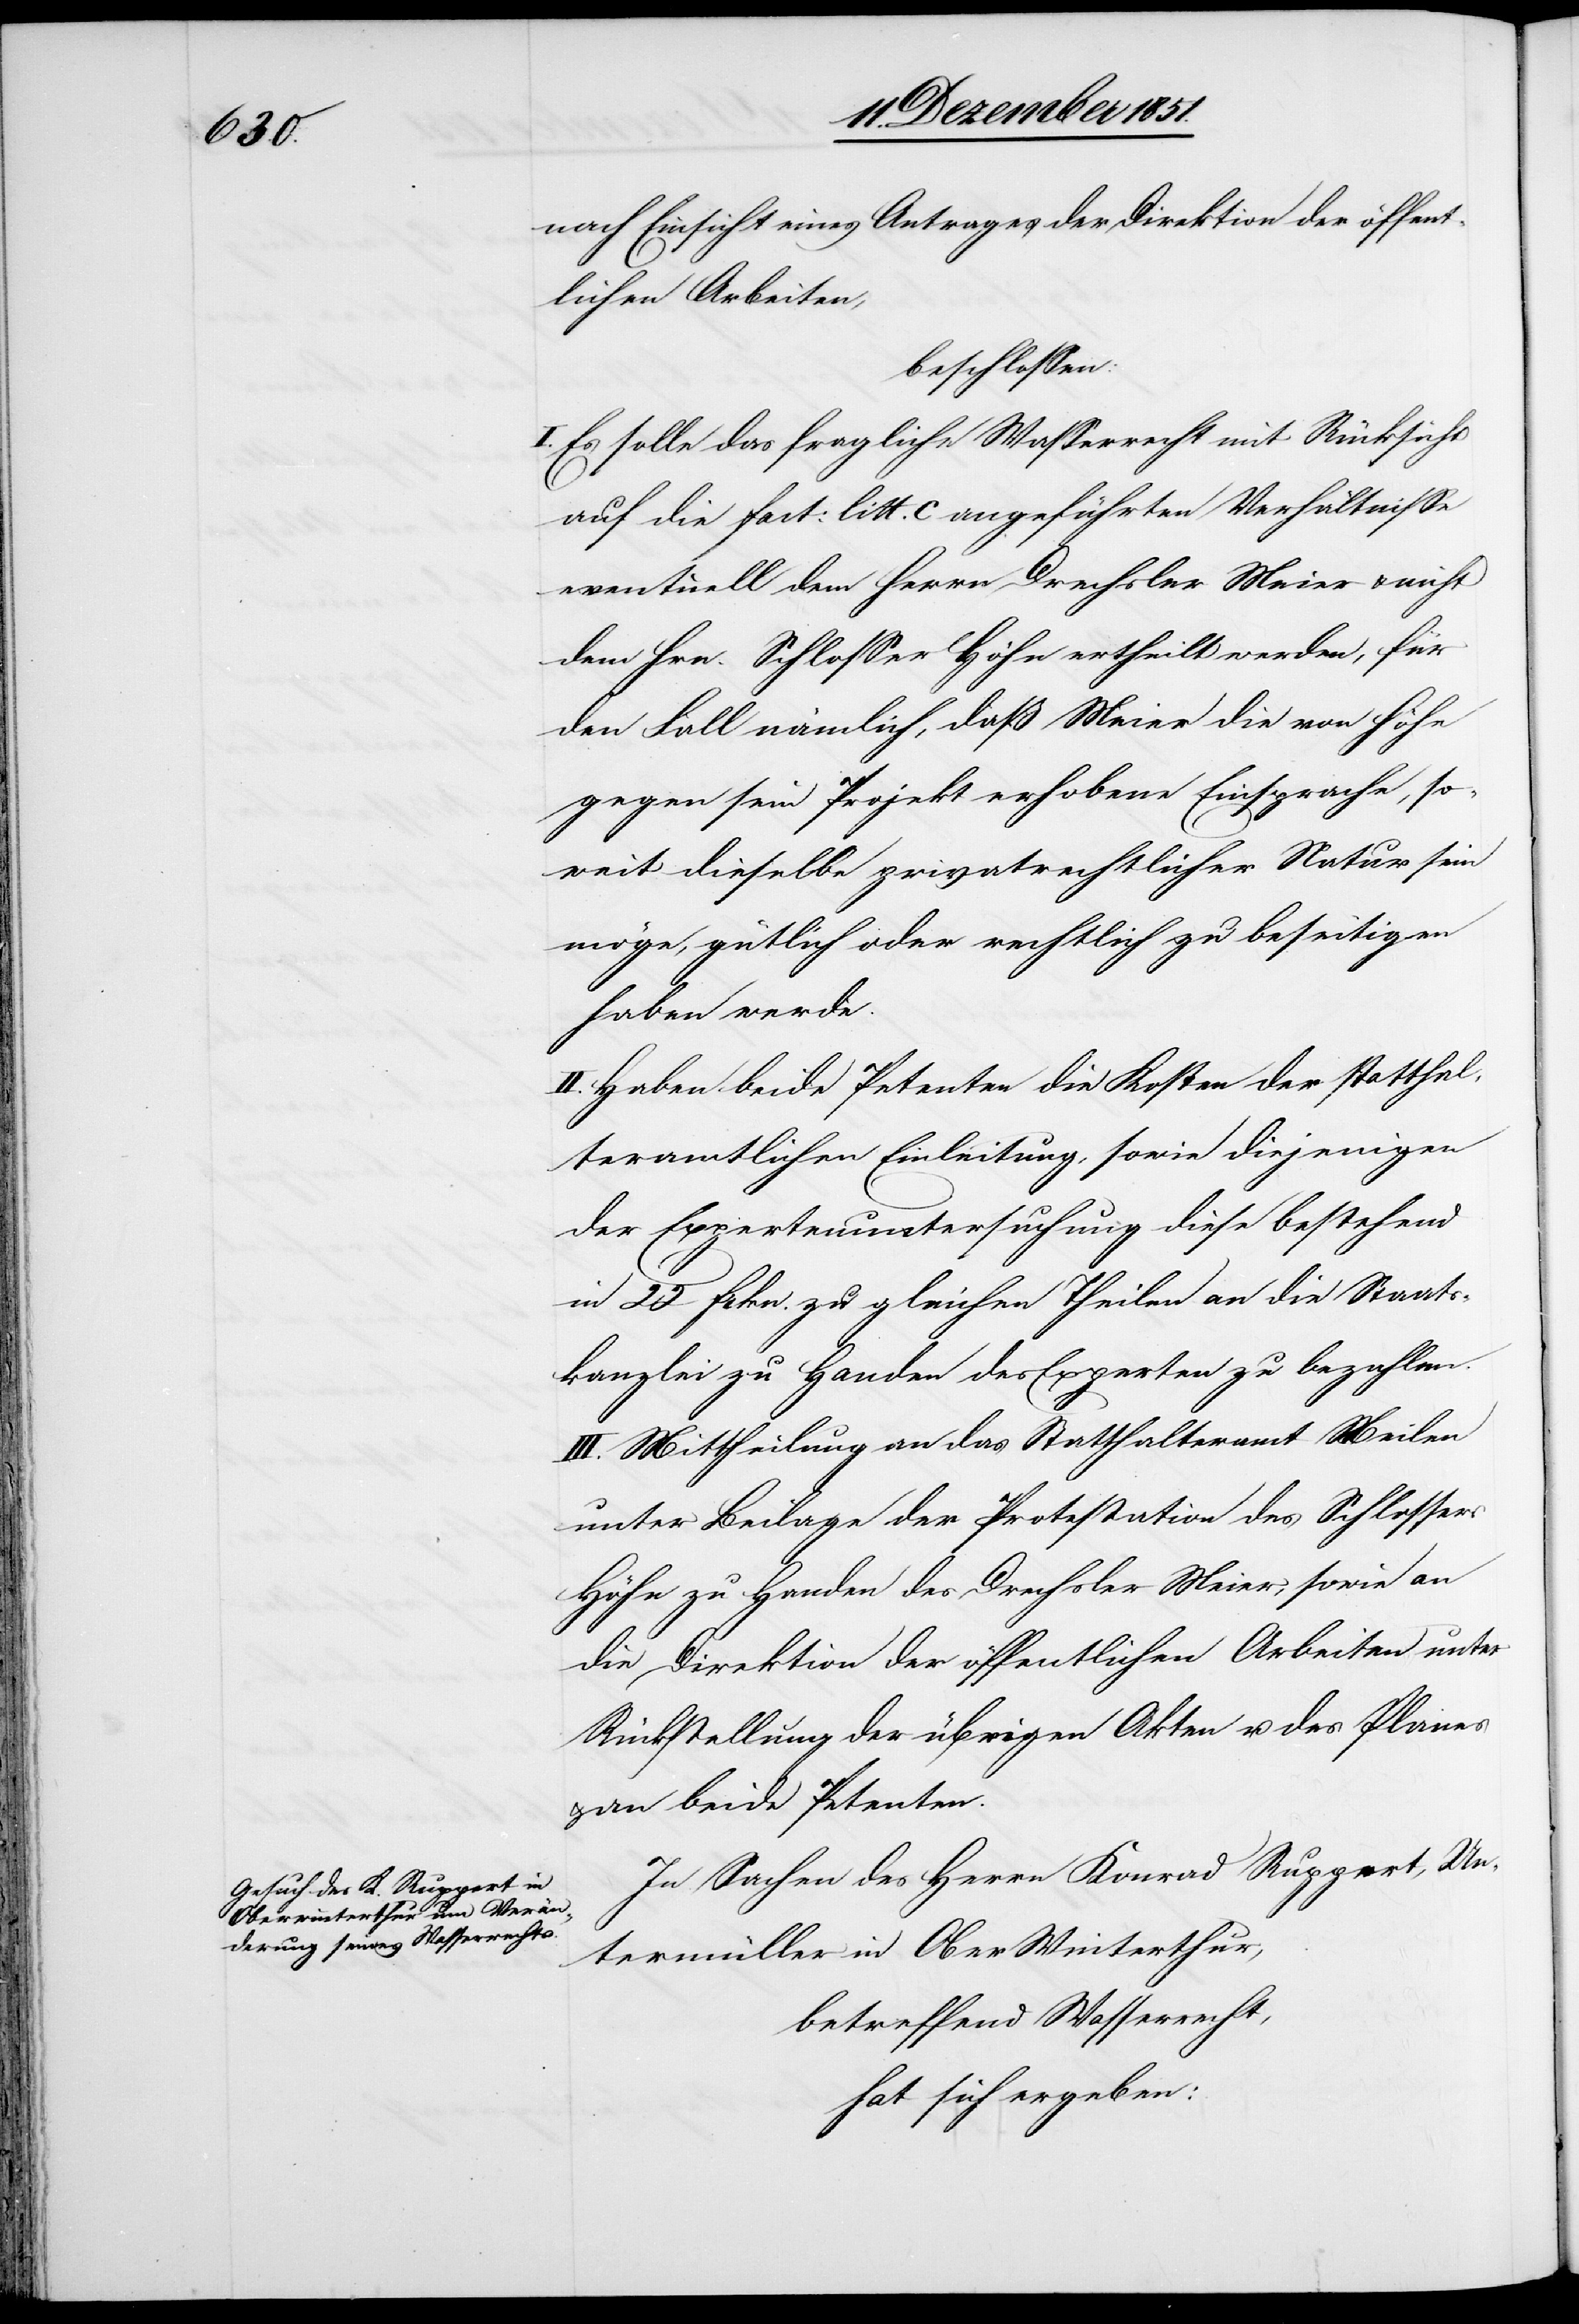
nach Einsicht eines Antrages der Direktion der öffent¬
lichen Arbeiten,
beschlossen:
I. Es solle das fragliche Wasserrecht mit Rücksicht
auf die fact: litt. c angeführten Verhältnisse
eventuell dem Herrn Drechsler Meier & nicht
dem Hrn. Schlosser Höhn ertheilt werden, für
den Fall nämlich, daß Meier die von Höhn
gegen sein Projekt erhobene Einsprache, so¬
weit dieselbe privatrechtlicher Natur sein
möge, gütlich oder rechtlich zu beseitigen
haben werde.
II. Haben beide Petenten die Kosten der statthal¬
teramtlichen Einleitung, sowie diejenigen
der Expertenuntersuchung diese bestehend
in 22 Frkn. zu gleichen Theilen an die Staats¬
kanzlei zu Handen des Experten zu bezahlen.
III. Mittheilung an das Statthalteramt Meilen
unter Beilage der Protestation des Schlossers
Höhn zu Handen des Drechsler Meier, sowie an
die Direktion der öffentlichen Arbeiten unter
Rückstellung der übrigen Akten u. des Planes
an beide Petenten.
In Sachen des Herrn Konrad Ruppert, Un¬
termüller in Ober[-]Winterthur,
betreffend Wasserrecht,
hat sich ergeben: